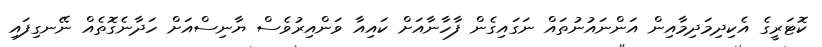
ކޮޓަރީގެ އެކިދިމަދިމާއިން އަންނައުނުތައް ނަގައިގެން ފާހާނާއަށް ކައިއާ ވަންއިރުވެސް ޔާނިސްއަށް ހަދާނެގޮތެއް ނޭނގިފައި